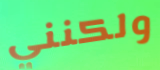
ولكنني